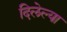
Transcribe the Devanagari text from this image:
दिलेल्‍या